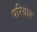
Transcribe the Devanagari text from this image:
परिवार